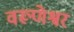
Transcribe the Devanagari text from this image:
वरूणेश्वर